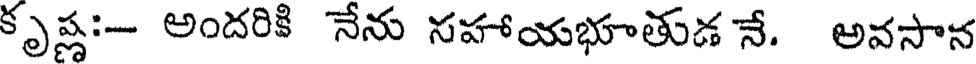
కృష్ణ:- అందరికి నేను సహాయభూతుడ నే. అవసాన